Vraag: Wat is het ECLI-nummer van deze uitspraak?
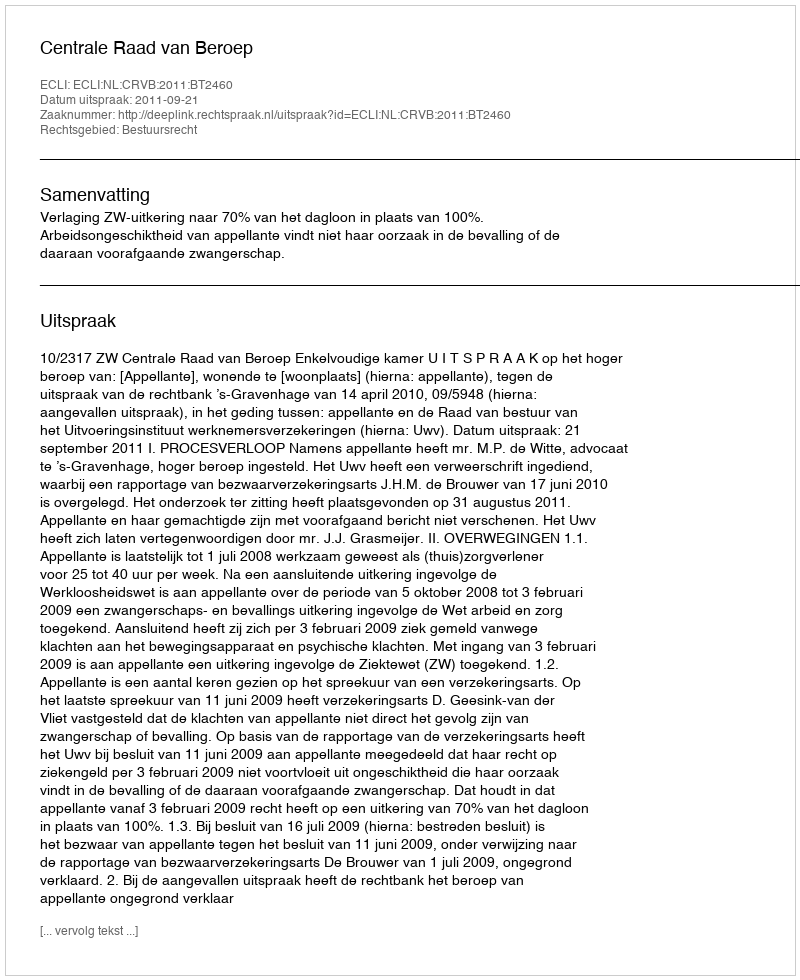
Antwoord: ECLI:NL:CRVB:2011:BT2460